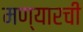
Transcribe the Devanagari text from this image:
मण्यारची